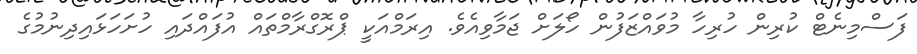
ފަސްމިނެޓް ކުރިން ހުރިހާ މުވައްޒަފުން ހޯލަށް ޖަމާވިއެވެ. އިރަމްއަކީ ޕްރޮގްރާމްތައް އުފައްދައި ހުށަހަޅައިދިނުމުގެ